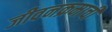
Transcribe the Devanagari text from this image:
जीवनक्रमाची